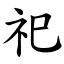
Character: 祀